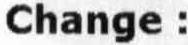
CHANGE :